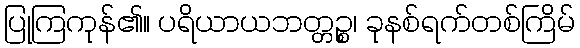
ပြုကြကုန်၏။ ပရိယာယဘတ္တဉ္စ၊ ခုနစ်ရက်တစ်ကြိမ်